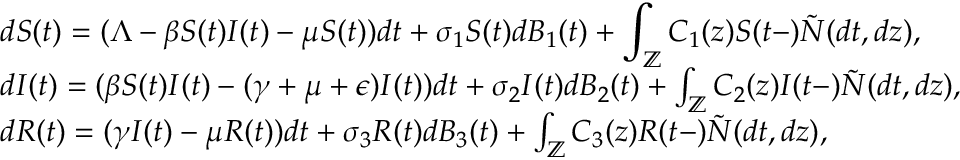
\begin{array} { r l } & { \displaystyle { d S ( t ) } = ( \Lambda - \beta S ( t ) I ( t ) - \mu S ( t ) ) d t + \sigma _ { 1 } S ( t ) d B _ { 1 } ( t ) + \int _ { \mathbb { Z } } C _ { 1 } ( z ) S ( t - ) \tilde { N } ( d t , d z ) , } \\ & { { d I ( t ) } = ( \beta S ( t ) I ( t ) - ( \gamma + \mu + \epsilon ) I ( t ) ) d t + \sigma _ { 2 } I ( t ) d B _ { 2 } ( t ) + \int _ { \mathbb { Z } } C _ { 2 } ( z ) I ( t - ) \tilde { N } ( d t , d z ) , } \\ & { { d R ( t ) } = ( \gamma I ( t ) - \mu R ( t ) ) d t + \sigma _ { 3 } R ( t ) d B _ { 3 } ( t ) + \int _ { \mathbb { Z } } C _ { 3 } ( z ) R ( t - ) \tilde { N } ( d t , d z ) , } \end{array}